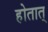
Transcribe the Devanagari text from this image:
होतात्